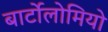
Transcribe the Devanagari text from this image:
बार्टोलोमियो